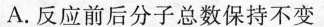
A.反应前后分子总数保持不变